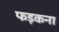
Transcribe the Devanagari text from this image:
फड़कना